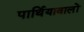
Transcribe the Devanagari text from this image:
पार्थियावालों